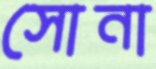
সোনা